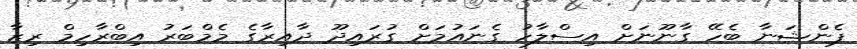
ޕެންޝަނާ ބެހޭ ގާނޫނަށް އިސްލާހު ގެނައުމަށް ގުރައިދޫ ދާއިރާގެ މެމްބަރު އިބްރާހިމް ރިޒާ